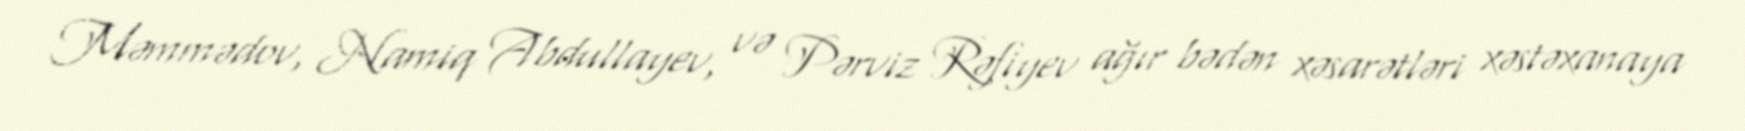
Məmmədov, Namiq Abdullayev, və Pərviz Rəfiyev ağır bədən xəsarətləri xəstəxanaya